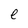
Character: e